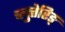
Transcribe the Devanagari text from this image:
च्लुत्तेरिङ्